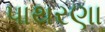
પાથરણા